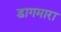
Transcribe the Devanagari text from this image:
डागमारा